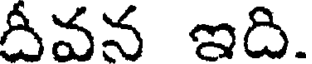
దీవన ఇది.